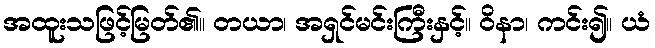
အထူးသဖြင့်မြတ်၏။ တယာ၊ အရှင်မင်းကြီးနှင့်။ ဝိနာ၊ ကင်း၍။ ယံ